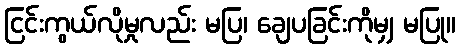
ငြင်းကွယ်လိုမှုလည်း မပြ၊ ချေပခြင်းကိုမျှ မပြု။